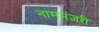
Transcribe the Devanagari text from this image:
नाममंजरी